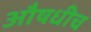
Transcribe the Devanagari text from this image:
औषधीच